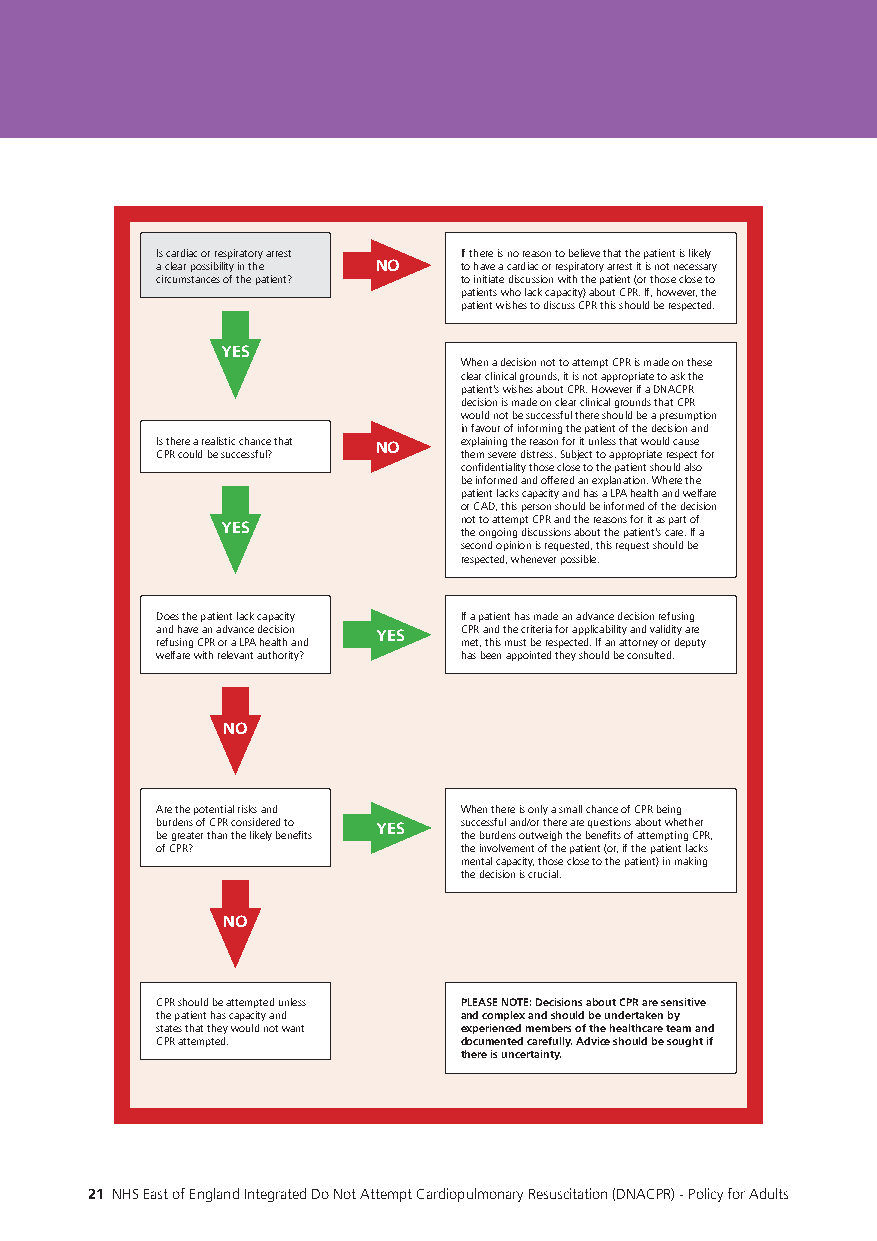
Is cardiac or respiratory arrest If there is no reason to believe that the patient is likely
 a clear possibility in the NO to have a cardiac or respiratory arrest it is not necessary
 circumstances of the patient? to initiate discussion with the patient (or those close to
 patients who lack capacity) about CPR. If, however, the
 patient wishes to discuss CPR this should be respected.
 YES
 When a decision not to attempt CPR is made on these
 clear clinical grounds, it is not appropriate to ask the
 patient’s wishes about CPR. However if a DNACPR
 decision is made on clear clinical grounds that CPR
 would not be successful there should be a presumption
 in favour of informing the patient of the decision and
 Is there a realistic chance that NO explaining the reason for it unless that would cause
 CPR could be successful? them severe distress. Subject to appropriate respect for
 confidentiality those close to the patient should also
 be informed and offered an explanation. Where the
 patient lacks capacity and has a LPA health and welfare
 or CAD, this person should be informed of the decision
 YES             not to attempt CPR and the reasons for it as part of
 the ongoing discussions about the patient’s care. If a
 second opinion is requested, this request should be
 respected, whenever possible.
 Does the patient lack capacity If a patient has made an advance decision refusing
 and have an advance decision YES CPR and the criteria for applicability and validity are
 refusing CPR or a LPA health and met, this must be respected. If an attorney or deputy
 welfare with relevant authority? has been appointed they should be consulted.
 NO
 Are the potential risks and When there is only a small chance of CPR being
 burdens of CPR considered to YES successful and/or there are questions about whether
 be greater than the likely benefits the burdens outweigh the benefits of attempting CPR,
 of CPR?              the involvement of the patient (or, if the patient lacks
 mental capacity, those close to the patient) in making
 the decision is crucial.
 NO
 CPR should be attempted unless PLEASE NOTE: Decisions about CPR are sensitive
 the patient has capacity and and complex and should be undertaken by
 states that they would not want experienced members of the healthcare team and
 CPR attempted.       documented carefully. Advice should be sought if
 there is uncertainty.
 20 NHS East of England Integrated Do Not Attempt Cardiopulmonary Resuscitation (DNACPR) - Policy for Adults 21 NHS East of England Integrated Do Not Attempt Cardiopulmonary Resuscitation (DNACPR) - Policy for Adults